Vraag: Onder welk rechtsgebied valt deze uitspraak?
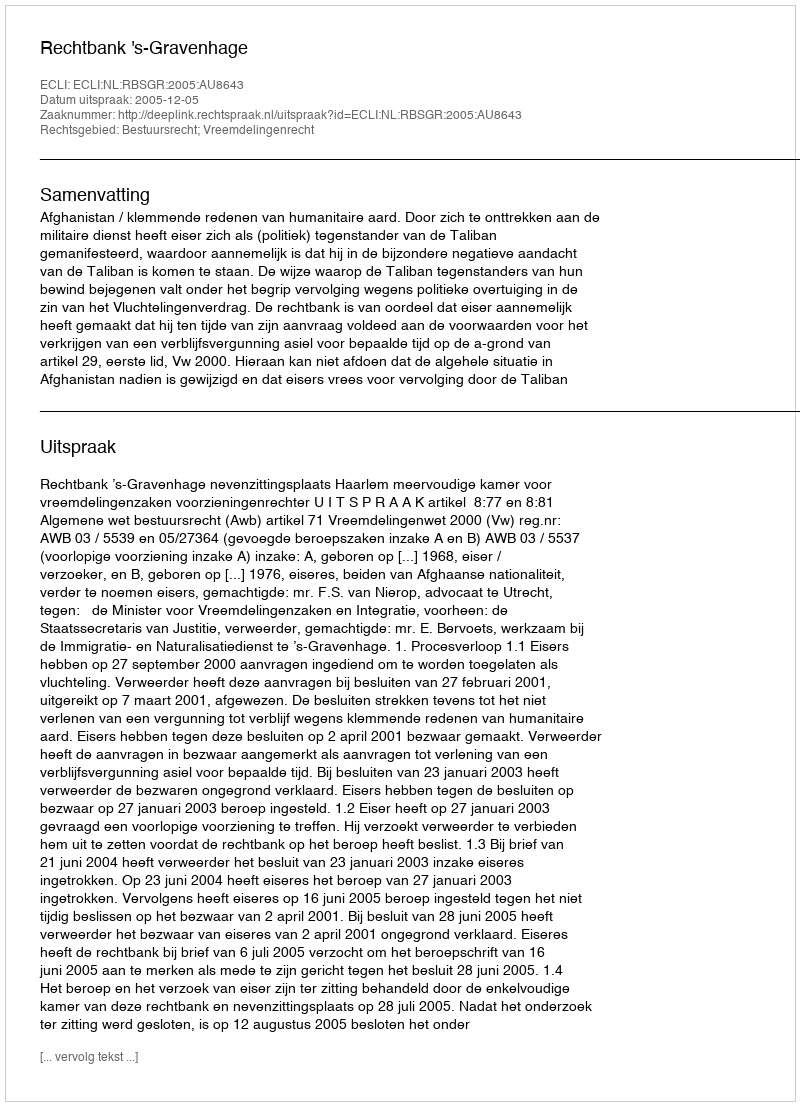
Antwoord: Bestuursrecht; Vreemdelingenrecht